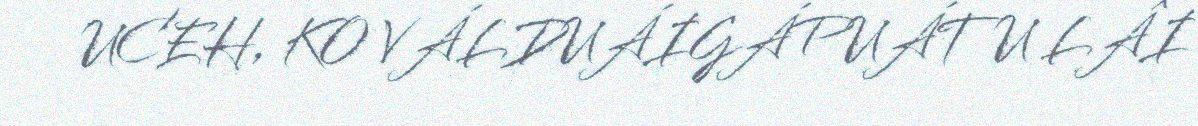
UCEH, KO VÁLDUÁIGÁPUÁTU LÂI